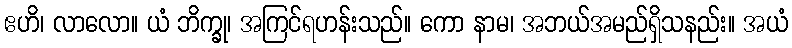
ဧဟိ၊ လာလော။ ယံ ဘိက္ခု၊ အကြင်ရဟန်းသည်။ ကော နာမ၊ အဘယ်အမည်ရှိသနည်း။ အယံ